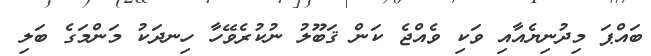
ބައްޕަ މިދުނިޔެއާއި ވަކި ވެއްޖެ ކަން ޤަބޫލު ނުކުރެވޭހާ ހިނދަކު މަންމަގެ ބަލި